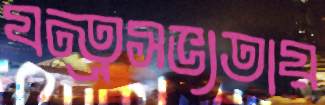
যন্ত্রসভ্যতায়